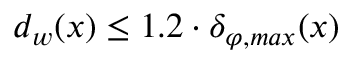
d _ { w } ( x ) \leq 1 . 2 \cdot \delta _ { \varphi , m a x } ( x )